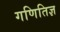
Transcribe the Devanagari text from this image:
गणितिज्ञ